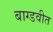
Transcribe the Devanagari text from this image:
बाग्डवीत